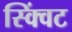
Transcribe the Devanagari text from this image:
स्क्विंट